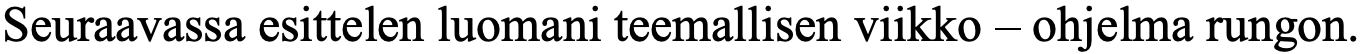
Seuraavassa esittelen luomani teemallisen viikko – ohjelma rungon.